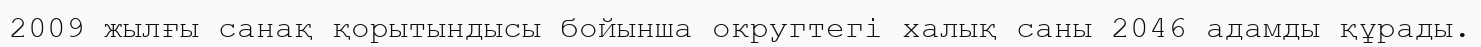
2009 жылғы санақ қорытындысы бойынша округтегі халық саны 2046 адамды құрады.